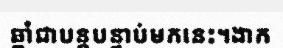
ឆ្នាំជាបន្តបន្ទាប់មកនេះ។ងាក